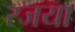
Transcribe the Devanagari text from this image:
रजया